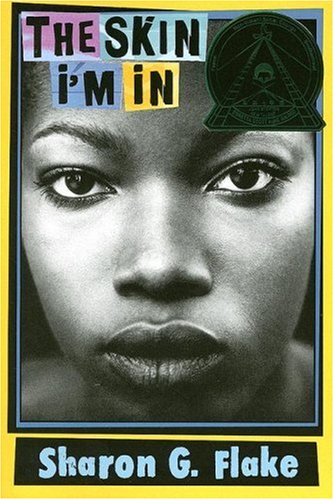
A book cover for The Skin I'm In; Sharon Flake; Teen & Young Adult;